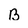
Character: B